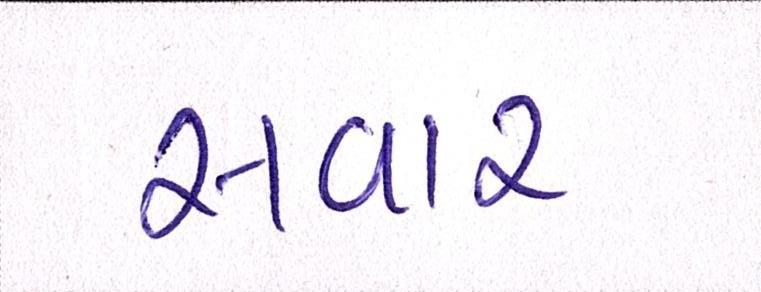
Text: સવાર